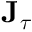
\mathbf { J } _ { \boldsymbol { \tau } }